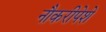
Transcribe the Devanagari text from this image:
नौकरीपेशे